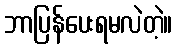
ဘာပြန်ပေးရမလဲတဲ့။